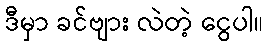
ဒီမှာ ခင်ဗျား လဲတဲ့ ငွေပါ။